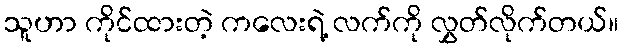
သူဟာ ကိုင်ထားတဲ့ ကလေးရဲ့ လက်ကို လွှတ်လိုက်တယ်။